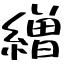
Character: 繒